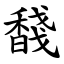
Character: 馢